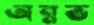
অন্নভ